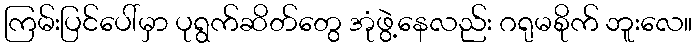
ကြမ်းပြင်ပေါ်မှာ ပုရွက်ဆိတ်တွေ အုံဖွဲ့နေလည်း ဂရုမစိုက် ဘူးလေ။